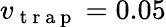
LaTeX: v_{\mathrm{~t~r~a~p~}}=0.05